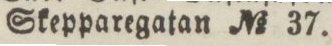
Skepparegatan No 37.